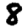
Digit: 8